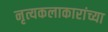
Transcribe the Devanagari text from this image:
नृत्यकलाकारांच्या